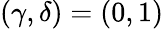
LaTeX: (\gamma,\delta)=(0,1)